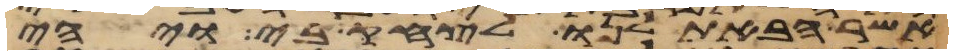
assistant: אשר הבאת לנו לצחק בי ויהי